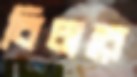
বিচারে